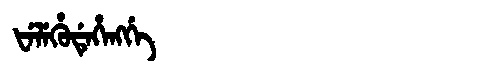
Manchu: ᡶᡝᠯᡝᡥᡠᡩᡝᡥᡝᠩᡤᡝ
Romanization: FELEHUDEHENGGE